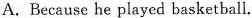
A. Because he played basketball.